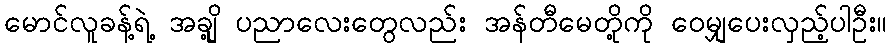
မောင်လူခန့်ရဲ့ အချို့ ပညာလေးတွေလည်း အန်တီမေတို့ကို ဝေမျှပေးလှည့်ပါဦး။